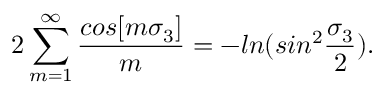
2 \sum _ { m = 1 } ^ { \infty } { \frac { c o s [ m \sigma _ { 3 } ] } { m } } = - l n ( s i n ^ { 2 } { \frac { \sigma _ { 3 } } { 2 } } ) .